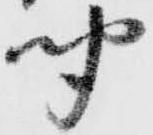
聞